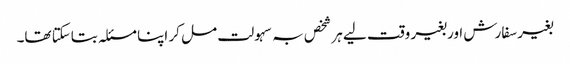
بغیر سفارش اور بغیر وقت لیے ہر شخص بہ سہولت مل کر اپنا مسئلہ بتاسکتا تھا۔